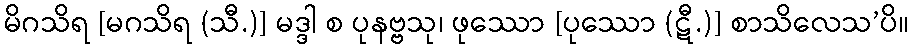
မိဂသိရ [မဂသိရ (သီ.)] မဒ္ဒါ စ ပုနဗ္ဗသု၊ ဖုဿော [ပုဿော (ဋီ.)] စာသိလေသ’ပိ။